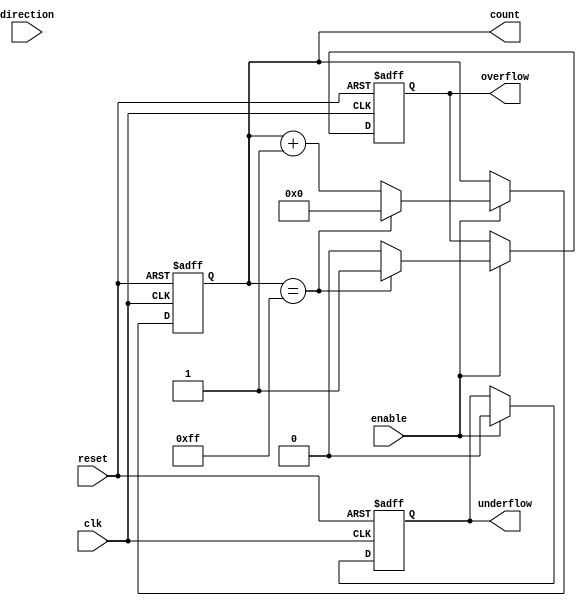
module parameterized_counter #(
    parameter WIDTH = 8,              // Number of bits for the counter
    parameter MODE = "UP"             // Counting mode: "UP", "DOWN", or "UP_DOWN"
) (
    input wire clk,                   // Clock signal
    input wire reset,                 // Asynchronous reset
    input wire enable,                // Enable counting
    input wire direction,             // Direction for UP_DOWN mode (1 = up, 0 = down)
    output reg [WIDTH-1:0] count,     // Current count value
    output reg overflow,              // Overflow flag
    output reg underflow              // Underflow flag
);

    // Internal parameter to determine max value based on WIDTH
    localparam MAX_COUNT = (1 << WIDTH) - 1;

    // Synchronous process for counting
    always @(posedge clk or posedge reset) begin
        if (reset) begin
            count <= 0;                // Initialize counter to zero
            overflow <= 0;             // Reset overflow flag
            underflow <= 0;            // Reset underflow flag
        end else if (enable) begin
            overflow <= 0;             // Reset overflow flag
            underflow <= 0;            // Reset underflow flag
            
            case (MODE)
                "UP": begin
                    if (count == MAX_COUNT) begin
                        count <= 0;       // Wrap around on overflow
                        overflow <= 1;    // Set overflow flag
                    end else begin
                        count <= count + 1;
                    end
                end
                
                "DOWN": begin
                    if (count == 0) begin
                        count <= 0;       // Remain at zero
                        underflow <= 1;   // Set underflow flag
                    end else begin
                        count <= count - 1;
                    end
                end
                
                "UP_DOWN": begin
                    if (direction) begin
                        // Count up
                        if (count == MAX_COUNT) begin
                            count <= 0;       // Wrap around on overflow
                            overflow <= 1;    // Set overflow flag
                        end else begin
                            count <= count + 1;
                        end
                    end else begin
                        // Count down
                        if (count == 0) begin
                            count <= 0;       // Remain at zero
                            underflow <= 1;   // Set underflow flag
                        end else begin
                            count <= count - 1;
                        end
                    end
                end
                
                default: begin
                    count <= count;          // Hold current value for unsupported mode
                end
            endcase
        end
    end

endmodule